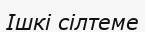
Ішкі сілтеме